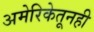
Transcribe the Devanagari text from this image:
अमेरिकेतूनही